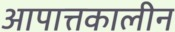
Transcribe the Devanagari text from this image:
आपात्तकालीन